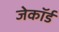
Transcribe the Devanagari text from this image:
जेकॉर्ड